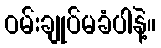
ဝမ်းချုပ်မခံပါနဲ့။